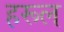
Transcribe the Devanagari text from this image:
हरूल